Serum-therapy of plague in India - Number 20
Disease focus: Plague
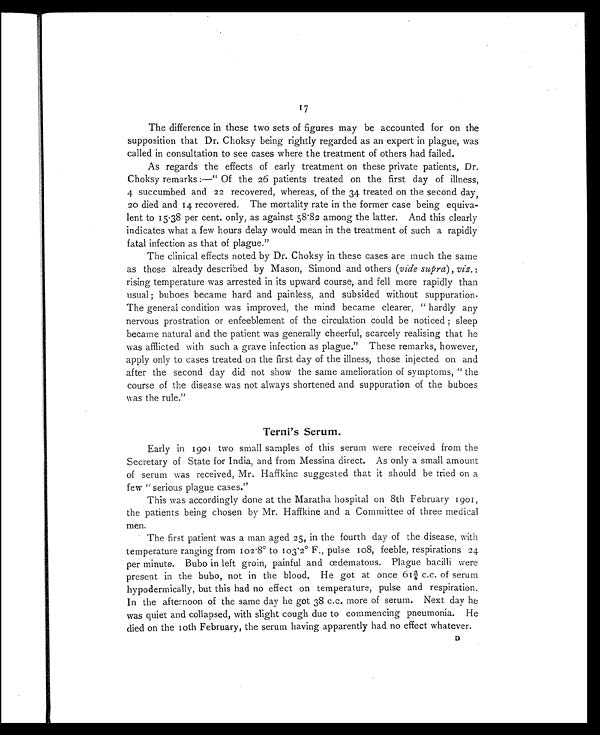
17
The difference in these two sets of figures may be accounted for on the
supposition that Dr. Choksy being rightly regarded as an expert in plague, was
called in consultation to see cases where the treatment of others had failed.
As regards the effects of early treatment on these private patients, Dr.
Choksy remarks :—" Of the 26 patients treated on the first day of illness,
4 succumbed and 22 recovered, whereas, of the 34 treated on the second day,
20 died and 14 recovered. The mortality rate in the former case being equiva-
lent to 15.38 per cent. only, as against 58.82 among the latter. And this clearly
indicates what a few hours delay would mean in the treatment of such a rapidly
fatal infection as that of plague."
The clinical effects noted by Dr. Choksy in these cases are much the same
as those already described by Mason, Simond and others ( vide supra ), viz. :
rising temperature was arrested in its upward course, and fell more rapidly than
usual ; buboes became hard and painless, and subsided without suppuration.
The general condition was improved, the mind became clearer, " hardly any
nervous prostration or enfeeblement of the circulation could be noticed ; sleep
became natural and the patient was generally cheerful, scarcely realising that he
was afflicted with such a grave infection as plague." These remarks, however,
apply only to cases treated on the first day of the illness, those injected on and
after the second day did not show the same amelioration of symptoms, " the
course of the disease was not always shortened and suppuration of the buboes
was the rule."
Terni's Serum.
Early in 1901 two small samples of this serum were received from the
Secretary of State for India, and from Messina direct. As only a small amount
of serum was received, Mr. Haffkine suggested that it should be tried on a
few " serious plague cases."
This was accordingly done at the Maratha hospital on 8th February 1901,
the patients being chosen by Mr. Haffkine and a Committee of three medical
men.
The first patient was a man aged 25, in the fourth day of the disease, with
temperature ranging from 102.8° to 103.2° F., pulse 108, feeble, respirations 24
per minute. Bubo in left groin, painful and œdematous. Plague bacilli were
present in the bubo, not in the blood. He got at once 61¾ c.c. of serum
hypodermically, but this had no effect on temperature, pulse and respiration.
In the afternoon of the same day he got 38 c.c. more of serum. Next day he
was quiet and collapsed, with slight cough due to commencing pneumonia. He
died on the 10th February, the serum having apparently had no effect whatever..
D